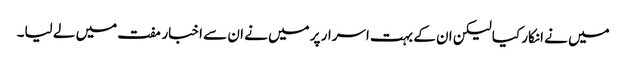
میں نے انکار کیا لیکن ان کے بہت اسرار پر میں نے ان سے اخبار مفت میں لے لیا۔